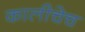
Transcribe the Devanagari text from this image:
कालीचेच